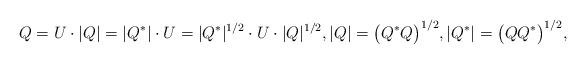
LaTeX: \begin{align*} Q = U \cdot |Q| = |Q^*| \cdot U = |Q^*|^{1/2} \cdot U \cdot |Q|^{1/2}, |Q| = \bigl(Q^*Q\bigr)^{1/2}, |Q^*| = \bigl(Q Q^*\bigr)^{1/2},\end{align*}